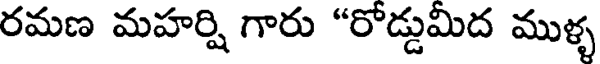
రమణ మహర్షి గారు "రోడ్డుమిద ముళ్ళ